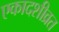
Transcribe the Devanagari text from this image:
एकादशीव्रत